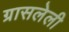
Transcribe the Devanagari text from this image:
ग्रासलेली